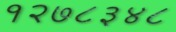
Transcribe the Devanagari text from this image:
१२७८३४८